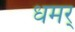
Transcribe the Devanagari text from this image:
धमर्